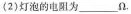
(2)灯泡的电阻为___Ω 。